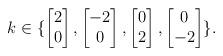
LaTeX: \begin{align*}k\in\{\begin{bmatrix}2\\0\end{bmatrix},\begin{bmatrix}-2\\0\end{bmatrix},\begin{bmatrix}0\\2\end{bmatrix},\begin{bmatrix}0\\-2\end{bmatrix}\}.\end{align*}